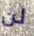
لن